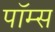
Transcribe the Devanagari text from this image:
पॉम्स